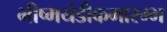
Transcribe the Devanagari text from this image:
भीष्मयंडीकमारम्भ